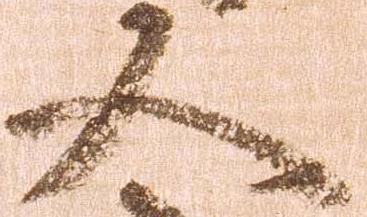
又